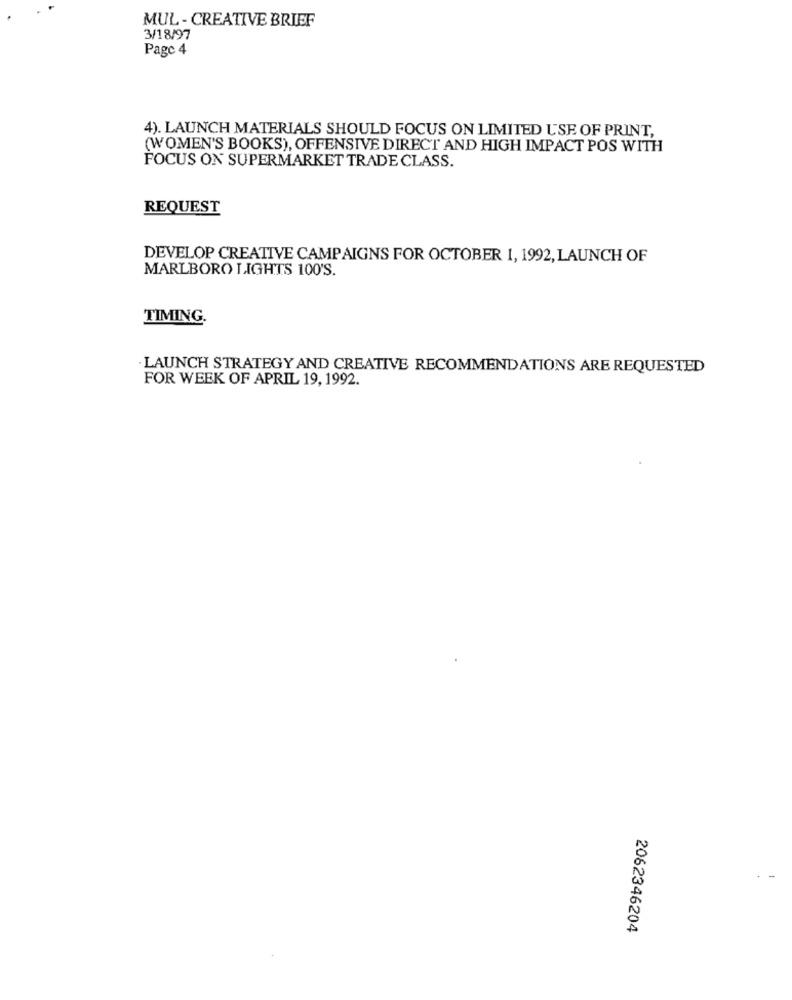
MUL - CREATIVE BRIEF
3/18/97
Page 4
4). LAUNCH MATERIALS SHOULD FOCUS ON LIMITED USE OF PRINT,
(WOMEN'S BOOKS), OFFENSIVE DIRECT AND HIGH IMPACT POS WITH
FOCUS ON SUPERMARKET TRADE CLASS.
REQUEST
DEVELOP CREATIVE CAMPAIGNS FOR OCTOBER 1, 1992, LAUNCH OF
MARLBORO LIGHTS 100'S.
TIMING.
LAUNCH STRATEGY AND CREATIVE RECOMMENDATIONS ARE REQUESTED
FOR WEEK OF APRIL 19, 1992.
2062346204